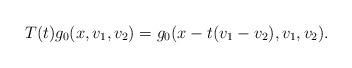
LaTeX: \begin{align*}T(t)g_{0} (x,v_1,v_2) & = g_{0}(x-t(v_1-v_2),v_1,v_2).\end{align*}